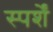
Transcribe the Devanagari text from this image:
स्पर्शें